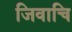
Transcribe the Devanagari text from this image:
जिवाचि